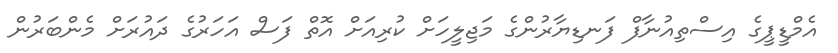
އެމްޑީޕީގެ އިސްތިއުނާފް ފަނޑިޔާރުންގެ މަޖިލީހަށް ކުރިއަށް އޮތް ފަސް އަހަރުގެ ދައުރަށް މެންބަރުން